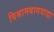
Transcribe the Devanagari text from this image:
विश्रामबागवाडा